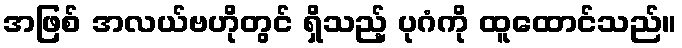
အဖြစ် အလယ်ဗဟိုတွင် ရှိသည့် ပုဂံကို ထူထောင်သည်။